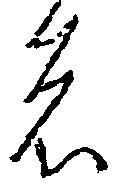
者